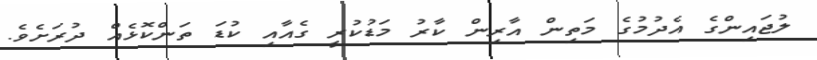
ލުޖައިންގެ އެދުމުގެ މަތިން އާރިން ކާރު މަޑުކުރީ ގެއާއި ކުޑަ ތަންކޮޅެއް ދުރަށެވެ.